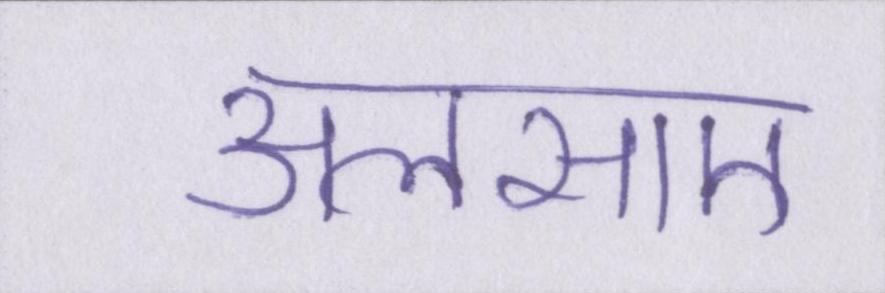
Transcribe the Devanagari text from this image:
अलसाए